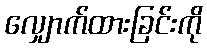
လျှောက်ထားခြင်းကို